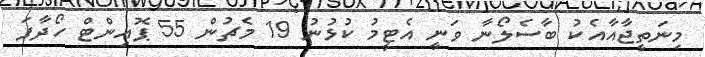
މިނަތީޖާއާއެކު ބާސެލޯނާ ވަނީ އެޓީމު ކުޅުނު 19 މެޗުން 55 ޕޮއިންޓް ހޯދާފަ